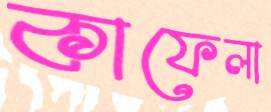
কাফেলা